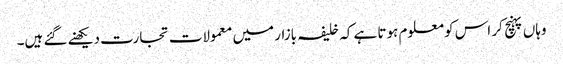
وہاں پہنچ کر اس کو معلوم ہوتا ہے کہ خلیفہ بازار میں معمولات تجارت دیکھنے گئے ہیں۔